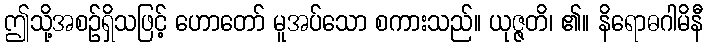
ဤသို့အစဉ်ရှိသဖြင့် ဟောတော် မူအပ်သော စကားသည်။ ယုဇ္ဇတိ၊ ၏။ နိရောဓဂါမိနီ